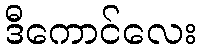
ဒီကောင်လေး